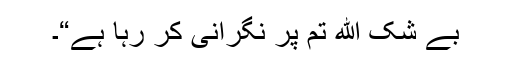
بے شک الله تم پر نگرانی کر رہا ہے“۔